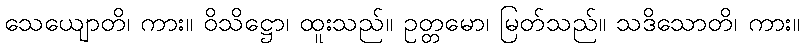
သေယျောတိ၊ ကား။ ဝိသိဋ္ဌော၊ ထူးသည်။ ဥတ္တမော၊ မြတ်သည်။ သဒိသောတိ၊ ကား။